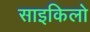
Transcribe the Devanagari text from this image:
साइकिलो